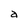
Character: a